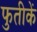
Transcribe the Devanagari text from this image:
फुतीकें